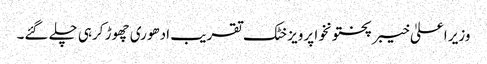
وزیر اعلیٰ خیبر پختونخوا پرویز خٹک تقریب ادھوری چھوڑ کرہی چلے گئے۔